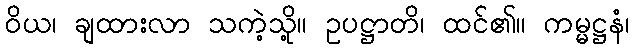
ဝိယ၊ ချထားလာ သကဲ့သို့။ ဥပဋ္ဌာတိ၊ ထင်၏။ ကမ္မဋ္ဌနံ၊